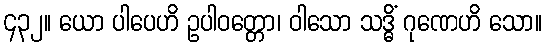
၄၃၂။ ယော ပါပေဟိ ဥပါဝတ္တော၊ ဝါသော သဒ္ဓိံ ဂုဏေဟိ သော။